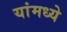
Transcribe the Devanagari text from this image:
यांमध्‍ये